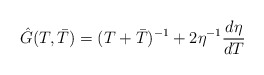
\begin{align*}\hat{G}(T,\bar{T})=(T+\bar{T})^{-1}+2\eta ^{-1} \frac{d\eta}{dT}\end{align*}